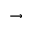
\to